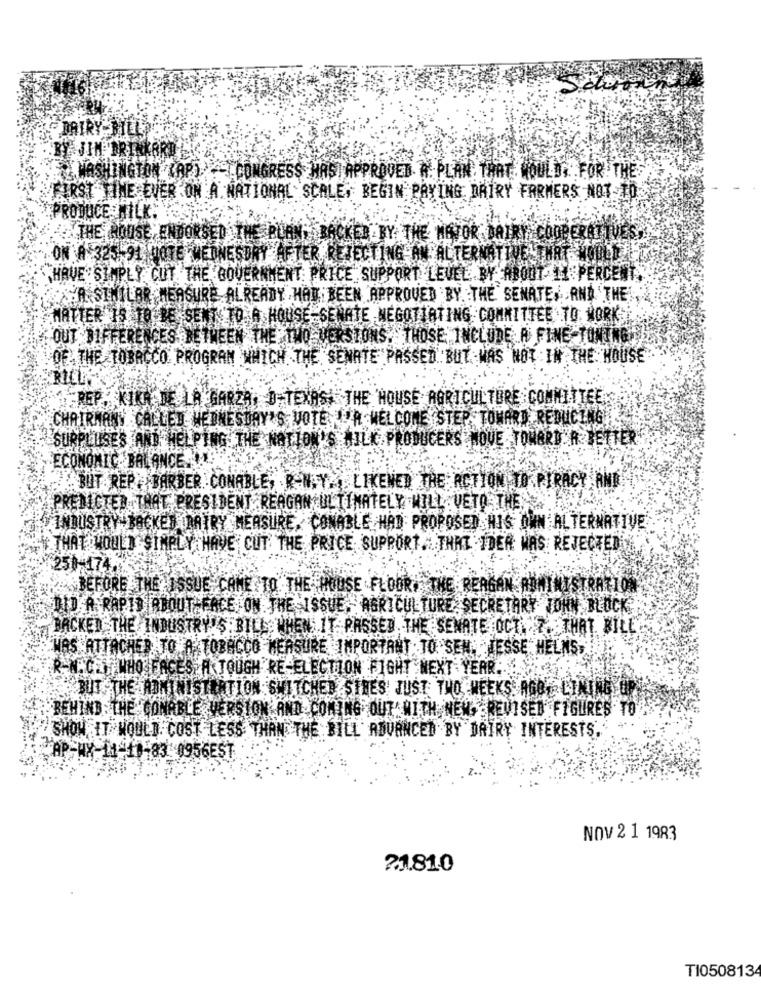
THIRY BILL?
BY JIM DRINKORD
WASHINGTON (AP) .CONGRESS HAS] APPROVED R. PLAN, THAT , WOULD, FOR THE
FIRST TIME EVER ON A NATIONAL SCALE, BEGIN PAYING DAIRY FARMERS NOT TO
PRODUCE MILK.
THE HOUSE, ENDORSED THE BLAN, BACKED BY THE HOVOR DAIRY. COOPERATIVES
ON A 325 91 0OTE WEDNESDAY AFTER REJECTING AN ALTERNATIVE THAT WOULD LIG
HAVE SIMPLY CUT THE GOVERNMENT PRICE SUPPORT LEVEL BY ABOUT 11 PERCENT,
SA SIMILAR MEASURE ALREADY HAD BEEN APPROVED BY THE SENATE, AND THE
MATTER 19 TO BE SENT TO A HOUSE SENATE NEGOTIATING COMMITTEE TO WORK
OUT DIFFERENCES BETWEEN THE TWO VERSIONS. THOSE INCLUDE A FINE TONING
OF THE TOBACCO PROGRAM WHICH THE SENATE PASSED BUT WAS NOT IN THE HOUSE
REP. KIKA DE LA GARZA, D TEXASI THE HOUSE AGRICULTURE COMMITTEE
CHAIRMANY CALLED WEDNESDAY'S VOTE A WELCOME STEP TOWARD REDUCING LE
SURPLUSES AND HELPING THE NATION'S MILK, PRODUCERS MOVE TOWORD A BETTER
ECONOMIC- BALANCE.9
BUT REP.BARBER CONABLE, R-N.Y. LIKENED THE ACTION TO PIRACY AND
PREDICTED THAT PRESIDENT REAGAN ULTIMATELY WILL VETO THE
INDUSTRY-BACKED (DAIRY MEASURE, CONABLE HAD PROPOSED HIS OWN ALTERNATIVE
"THAT WOULD SIMPLY HAVE CUT THE PRICE SUPPORT " THAT IDER WAS REJECTED
250-174.
BEFORE THE ISSUE CAME TO THE HOUSE FLOOR. THE REAGAN ADMINISTRATION
DID A RAPID ABOUT FACE ON THE ISSUE, AGRICULTURE SECRETARY JOHN BLOCK
BACKED THE INDUSTRY'S. BILL WHEN IT PASSED THE SENATE OCT. 7. THAT WILL.
WAS ATTACHED TO AATOBACCO MEASURE IMPORTANT TO SEN, JESSE HELMS.
R-N. CZY WHO FACES A TOUGH RE-ELECTION FIGHT NEXT YEAR.
BUT THE ADMINISTRATION SWITCHED STRES JUST THO WEEKS AGO LINING UP
BEHIND THE CONABLE VERSION AND COMING OUT' WITH NEM- REVISED FIGURES TO
SHOW IT WOULD COST LESS THAN THE BILL ADVANCED BY DAIRY INTERESTS.
AP-WY-11-11-83 0956EST
NOV 2 1 1983
21810
T1050813